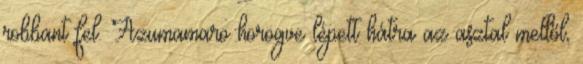
robbant fel. Azumamaro hörögve lépett hátra az asztal mellől,